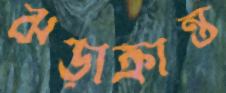
ঝড়াক্রান্ত